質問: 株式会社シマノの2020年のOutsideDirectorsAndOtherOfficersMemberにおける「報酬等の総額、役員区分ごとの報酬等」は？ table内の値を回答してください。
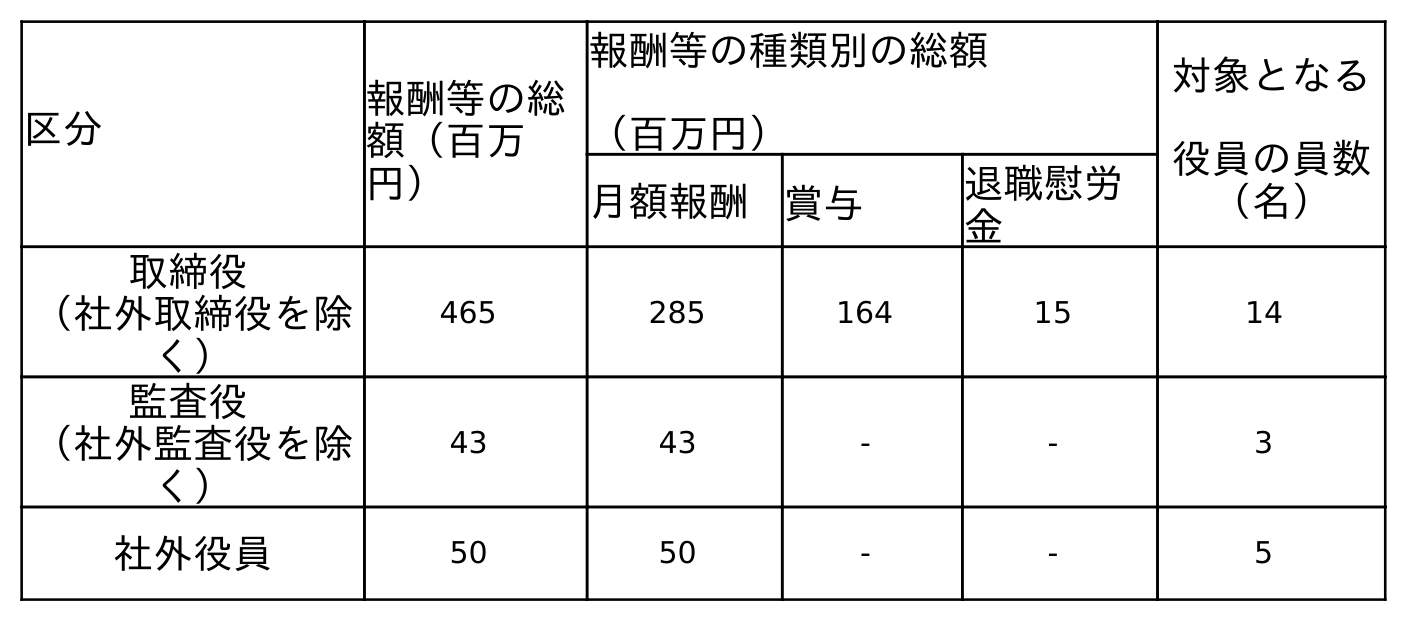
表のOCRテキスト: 区分 報酬等の総 額（百万 円） 報酬等の種類別の総額 （百万円） 対象となる 役員の員数 （名） 月額報酬 賞与 退職慰労 金 取締役 （社外取締役を除 く） 465 285 164 15 14 監査役 （社外監査役を除 く） 43 43 - - 3 社外役員 50 50 - - 5
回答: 50